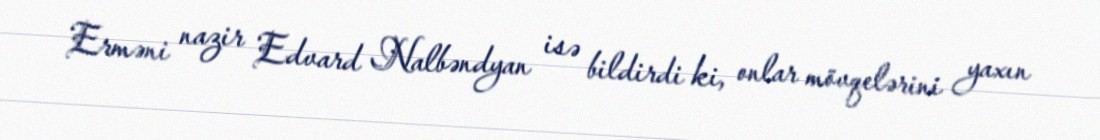
Erməni nazir Edvard Nalbəndyan isə bildirdi ki, onlar mövqelərini yaxın